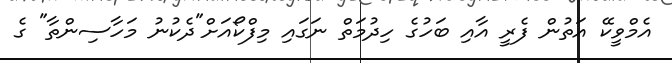
އެމްވީކޭ އަތުން ފެރީ އާއި ބަހުގެ ހިދުމަތް ނަގައި މިފްކޯއަށް"ދެކުނު މަހާސިންތާ" ގެ